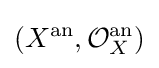
(X^{\mathrm {an} },{\mathcal {O}}_{X}^{\mathrm {an} })